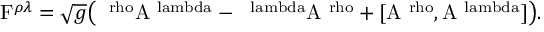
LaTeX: \mathrm { F } ^ { \rho \lambda } = \sqrt { g } \big ( \mathrm { \partial ^ { \ r h o } A ^ { \ l a m b d a } - \partial ^ { \ l a m b d a } A ^ { \ r h o } + [ A ^ { \ r h o } , A ^ { \ l a m b d a } ] \big ) } .